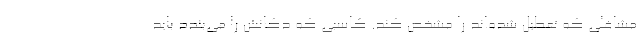
مشاغلی که تعطیل شده‌اند را مشخص کند. کاسبی که دُکانش را می‌بندد باید